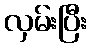
လှမ်းပြီး